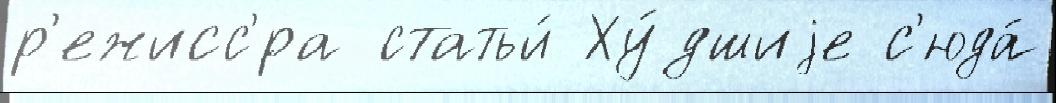
р'ежисс'́ра статьи́ Ху́дшиjе с'юда́